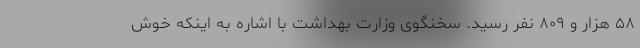
۵۸ هزار و ۸۰۹ نفر رسید. سخنگوی وزارت بهداشت با اشاره به اینکه خوش